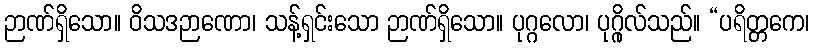
ဉာဏ်ရှိသော။ ဝိသဒဉာဏော၊ သန့်ရှင်းသော ဉာဏ်ရှိသော။ ပုဂ္ဂလော၊ ပုဂ္ဂိုလ်သည်။ “ပရိတ္တကေ၊